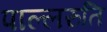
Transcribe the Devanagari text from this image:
पाल्लरुति